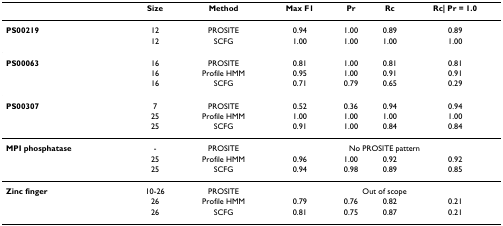
|  | Size | Method | Max F1 | Pr | Rc | Rc| Pr = 1.0 |
 | --- | --- | --- | --- | --- | --- | --- |
 | PS00219 | 12 | PROSITE | 0.94 | 1.00 | 0.89 | 0.89 |
 |  | 12 | SCFG | 1.00 | 1.00 | 1.00 | 1.00 |
 | PS00063 | 16 | PROSITE | 0.81 | 1.00 | 0.81 | 0.81 |
 |  | 16 | Profile HMM | 0.95 | 1.00 | 0.91 | 0.91 |
 |  | 16 | SCFG | 0.71 | 0.79 | 0.65 | 0.29 |
 | PS00307 | 7 | PROSITE | 0.52 | 0.36 | 0.94 | 0.94 |
 |  | 25 | Profile HMM | 1.00 | 1.00 | 1.00 | 1.00 |
 |  | 25 | SCFG | 0.91 | 1.00 | 0.84 | 0.84 |
 | MPI phosphatase | - | PROSITE | <COLSPAN=4> No PROSITE pattern |
 |  | 25 | Profile HMM | 0.96 | 1.00 | 0.92 | 0.92 |
 |  | 25 | SCFG | 0.94 | 0.98 | 0.89 | 0.85 |
 | Zinc finger | 10-26 | PROSITE | <COLSPAN=4> Out of scope |
 |  | 26 | Profile HMM | 0.79 | 0.76 | 0.82 | 0.21 |
 |  | 26 | SCFG | 0.81 | 0.75 | 0.87 | 0.21 |